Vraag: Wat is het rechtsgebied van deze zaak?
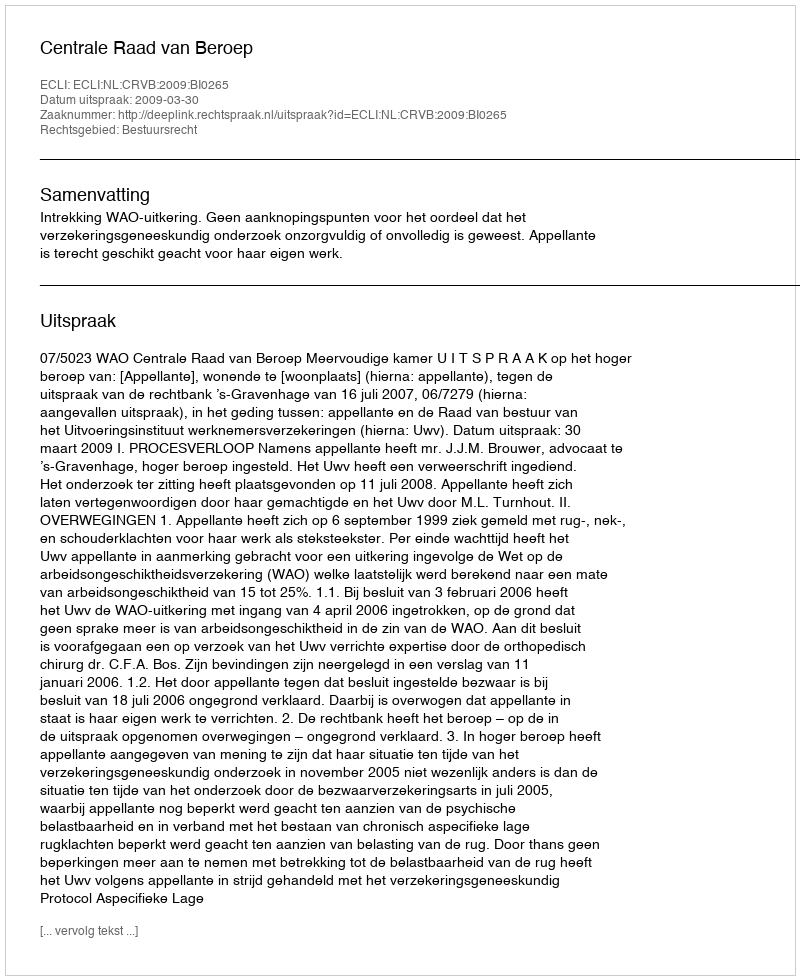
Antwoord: Bestuursrecht